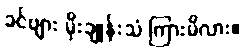
ခင်ဗျား မိုးချုန်းသံ ကြားမိလား။